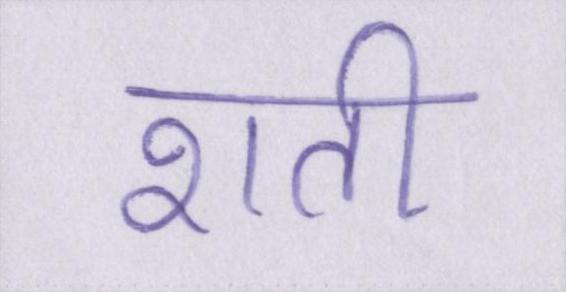
शती